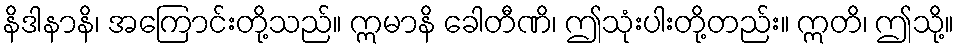
နိဒါနာနိ၊ အကြောင်းတို့သည်။ ဣမာနိ ခေါတီဏိ၊ ဤသုံးပါးတို့တည်း။ ဣတိ၊ ဤသို့။